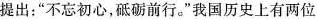
提出：”不忘初心，砥砺前行。”我国历史上有两位